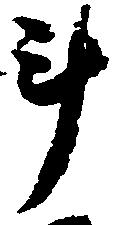
斗